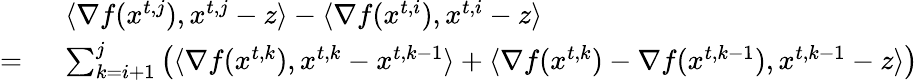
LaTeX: \begin{array}{rl}&{\langle\nabla f({x}^{t,j}),{x}^{t,j}-{z}\rangle-\langle\nabla f({x}^{t,i}),{x}^{t,i}-{z}\rangle}\\ {=\ }&{\sum_{k=i+1}^{j}\left(\langle\nabla f({x}^{t,k}),{x}^{t,k}-{x}^{t,k-1}\rangle+\langle\nabla f({x}^{t,k})-\nabla f({x}^{t,k-1}),{x}^{t,k-1}-{z}\rangle\right)}\end{array}